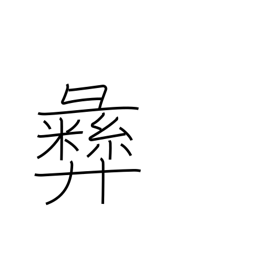
Meaning: moral principle